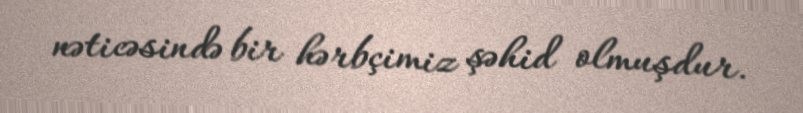
nəticəsində bir hərbçimiz şəhid olmuşdur.